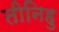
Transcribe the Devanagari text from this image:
तीनिहु